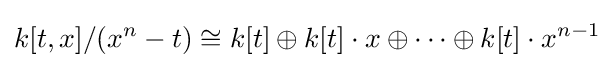
k[t,x]/(x^{n}-t)\cong k[t]\oplus k[t]\cdot x\oplus \cdots \oplus k[t]\cdot x^{n-1}